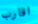
اقارب